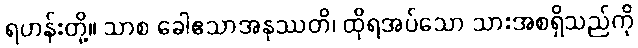
ရဟန်းတို့။ သာစ ခေါဧသာအနုဿတိ၊ ထိုရအပ်သော သားအစရှိသည်ကို